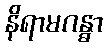
နိရာမဂန္ဓာ